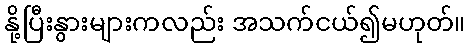
နို့ပြီးနွားများကလည်း အသက်ငယ်၍မဟုတ်။